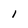
Character: I